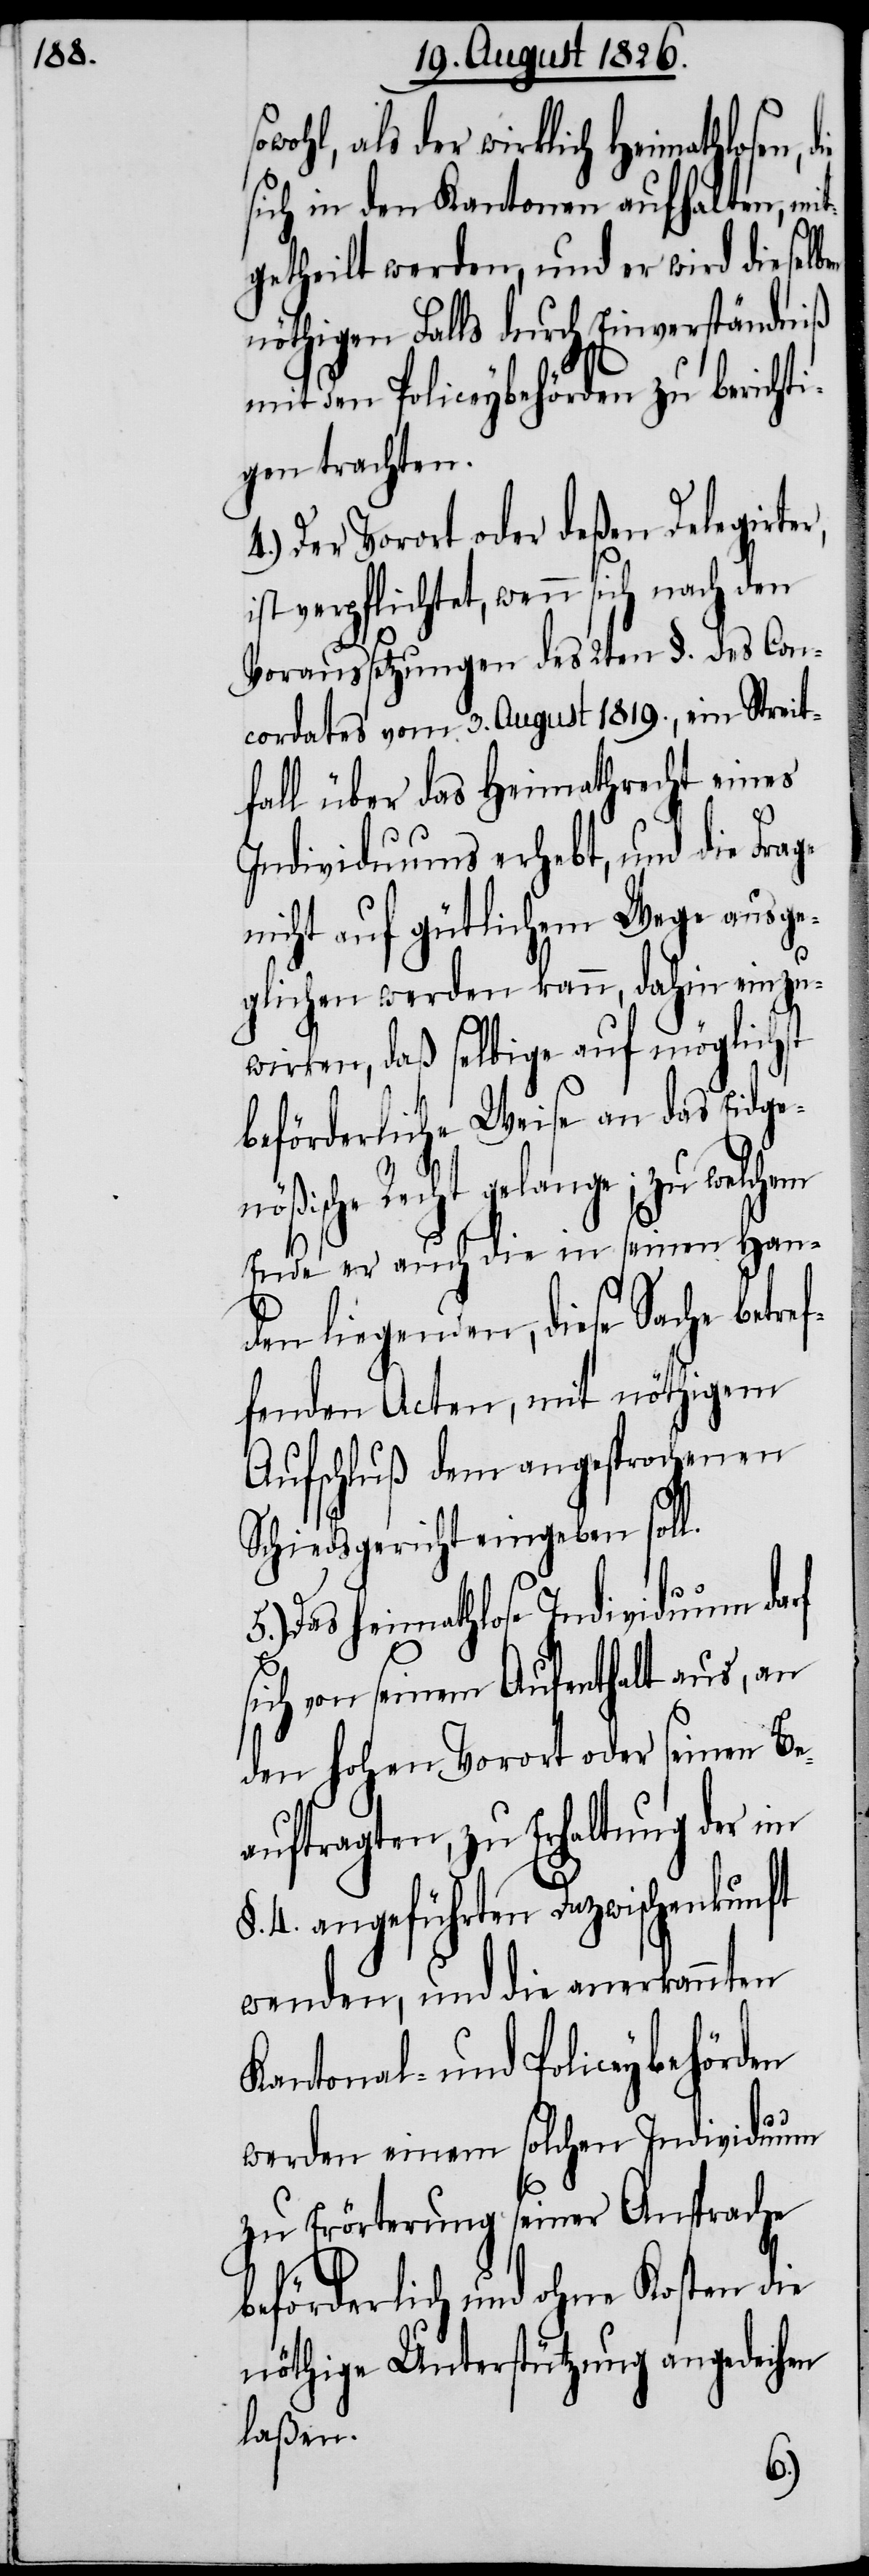
wohl, als der wirklich Heimathlosen,
sich in den Kantonen aufhalten, mi¬
tgetheilt werden, und er wird dieselben
nöthigen Falls durch Einverständniß
mit den Policeybehörden zu bericht¬
igen trachten.
Der Vorort oder deßen Delegirter,
verpflichtet, wenn sich nach
Voraussetzungen des 2ten §. des Con¬
cordates vom 3. August 1819., ein Streit¬
fall über das Heimathrecht eines
Individuums erhebt, und die Frage
nicht auf gütlichem Wege ausge¬
glichen werden kann, dahin einzu¬
wirken, daß selbige auf möglichst
beförderliche Weise an das Eidge¬
ische Recht gelange; zu welchem
Ende er auch die in seinen Han¬
den liegenden, diese Sache betr¬
fenden Acten, mit nöthigem
Aufschluß dem angesprochenen
Schiedsgericht eingeben soll.
Das heimathlose Individuum da¬
ich von seinem Aufenthalt aus, an
nen Be¬
den hohen Vorort oder
auftragten, zu Erhaltung der im
§. 4. angeführten Dazwischenkunft
wenden, und die anerkannten
Kantonal- und Policeybehörden
werden einem solchen Individuum
zu Erörterung seiner Ansprache
beförderlich und ohne Kosten die
nöthige Unterstützung angedeihen
laßen.
sei¬